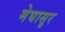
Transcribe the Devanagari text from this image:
मेघासुर